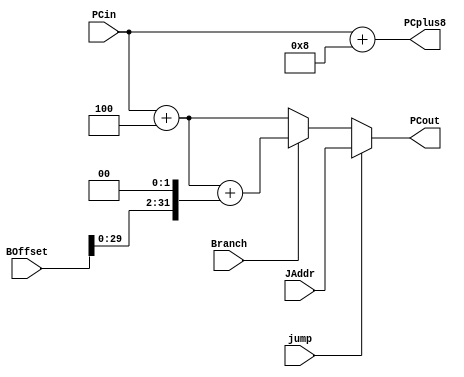
`timescale 1ns / 1ps
//////////////////////////////////////////////////////////////////////////////////
// Company: 
// Engineer: 
// 
// Design Name: 
// Module Name:    NPC 
// Project Name: 
// Target Devices: 
// Tool versions: 
// Description: 
//
// Dependencies: 
//
// Revision: 
// Revision 0.01 - File Created
// Additional Comments: 
//
//////////////////////////////////////////////////////////////////////////////////
module BJPC(
    input [31:0] PCin,
    output [31:0] PCout,
	 output [31:0] PCplus8,
    input Branch,
    input jump,
    input [31:0] BOffset,
    input [31:0] JAddr
    );

	assign PCplus8=PCin+8;
	assign PCout=(jump)?JAddr:
					 (Branch)?(PCin+4+(BOffset<<2)):
					 (PCin+4);
					 
endmodule